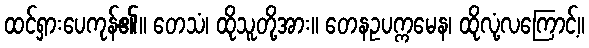
ထင်ရှားပေကုန်၏။ တေသံ၊ ထိုသူတို့အား။ တေနဥပက္ကမေန၊ ထိုလုံ့လကြောင့်။